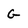
Character: G